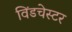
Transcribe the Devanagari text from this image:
विंडचेस्टर